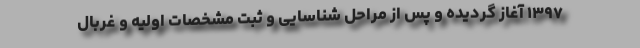
۱۳۹۷ آغاز گردیده و پس از مراحل شناسایی و ثبت مشخصات اولیه و غربال